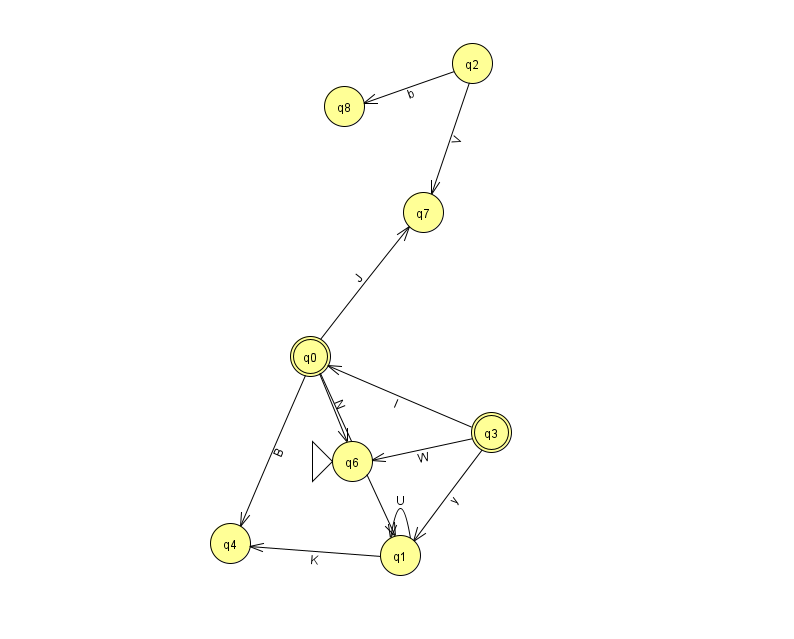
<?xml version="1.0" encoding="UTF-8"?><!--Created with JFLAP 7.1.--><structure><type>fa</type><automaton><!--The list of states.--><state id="0" name="q0"><x>310.0</x><y>343.0</y><final/></state><state id="1" name="q1"><x>400.0</x><y>542.0</y></state><state id="2" name="q2"><x>472.0</x><y>50.0</y></state><state id="3" name="q3"><x>491.0</x><y>419.0</y><final/></state><state id="4" name="q4"><x>230.0</x><y>530.0</y></state><state id="6" name="q6"><x>352.0</x><y>448.0</y><initial/></state><state id="7" name="q7"><x>423.0</x><y>199.0</y></state><state id="8" name="q8"><x>344.0</x><y>93.0</y></state><!--The list of transitions.--><transition><from>0</from><to>6</to><read>N</read></transition><transition><from>0</from><to>7</to><read>J</read></transition><transition><from>1</from><to>4</to><read>K</read></transition><transition><from>2</from><to>8</to><read>b</read></transition><transition><from>1</from><to>1</to><read>U</read></transition><transition><from>0</from><to>1</to><read>v</read></transition><transition><from>0</from><to>4</to><read>B</read></transition><transition><from>3</from><to>0</to><read>l</read></transition><transition><from>2</from><to>7</to><read>V</read></transition><transition><from>3</from><to>1</to><read>y</read></transition><transition><from>3</from><to>6</to><read>W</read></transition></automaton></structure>